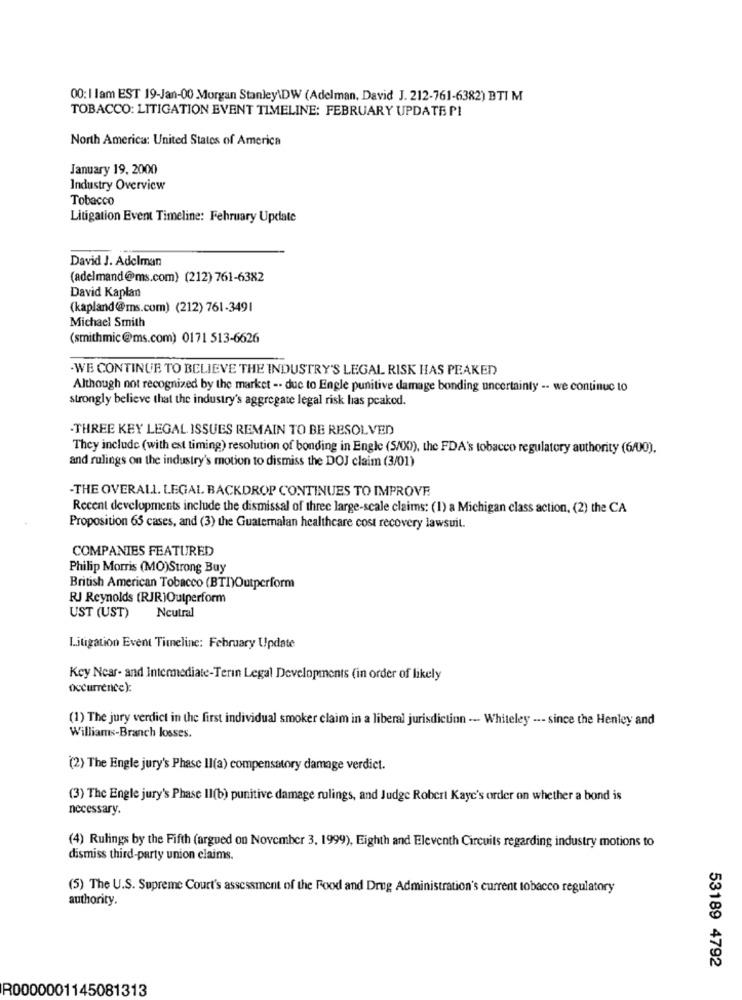
00: 1 lam EST 19-Jan-00 Morgan Stanley\DW (Adelman. David J. 212-761-6382) BTI M
TOBACCO: LITIGATION EVENT TIMELINE: FEBRUARY UPDATE PI
North America: United States of America
January 19, 2000
Industry Overview
Tobacco
Litigation Event Timeline: Fehruary Update
David J. Adelman
(adelmand@ms.com) (212) 761-6382
David Kapłan
(kapland@ms.com) (212) 761-3491
Michael Smith
(smithmic@ms.com) 0171 513-6626
.WE CONTINUE TO BELIEVE THE INDUSTRY'S LEGAL RISK HAS PEAKED
Although not recognized by the market -. due to Engle punitive damage bonding uncertainty -- we continue to
strongly believe that the industry's aggregate legal risk las peaked.
-THREE KEY LEGAL ISSUES REMAIN TO BE RESOLVED
They include (with est timing) resolution of bonding in Engle (S/X)), the FDA's tobacco regulatory authority (6/00).
and rulings on the industry's motion to dismiss the DOJ claim (3/01)
-THE OVERALL. LEGAL BACKDROP CONTINUES TO IMPROVE
Recent developments include the dismissal of three large-scale claims: (1) a Michigan class action, (2) the CA
Proposition 65 cases, and (3) the Guatemalan healthcare cost recovery lawsuit.
COMPANIES FEATURED
Philip Morris (MO)Strong Buy
British American Tobacco (BTI)Outperform
RJ Reynolds (RJR)Outperform
UST (UST)
Neutral
Litigation Event Timeline: February Update
Key Near- and Intermediate-Terin Legal Developments (in order of likely
occurrence):
(1) The jury verdict in the first individual smoker claim in a liberal jurisdiction --- Whiteley --- since the Henley and
Williams-Branch losses.
(2) The Engle jury's Phase II(a) compensatory damage verdict.
(3) The Engle jury's Phase II(b) punitive damage rulings, and Judge Robert Kayc's order on whether a bond is
necessary.
(4) Rulings by the Fifth (argued on November 3, 1999), Eighth and Eleventh Circuits regarding industry motions to
dismiss third-party union claims.
(5) The U.S. Supreme Court's assessment of the Food and Drug Administration's current tobacco regulatory
authority.
53189 4792
R0000001145081313